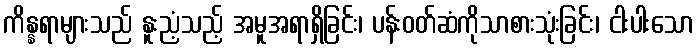
ကိန္နရာများသည် နူးညံ့သည့် အမူအရာရှိခြင်း၊ ပန်းဝတ်ဆံကိုသာစားသုံးခြင်း၊ ငါးပါးသော